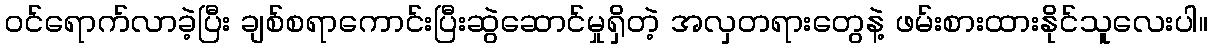
ဝင်ရောက်လာခဲ့ပြီး ချစ်စရာကောင်းပြီးဆွဲဆောင်မှုရှိတဲ့ အလှတရားတွေနဲ့ ဖမ်းစားထားနိုင်သူလေးပါ။